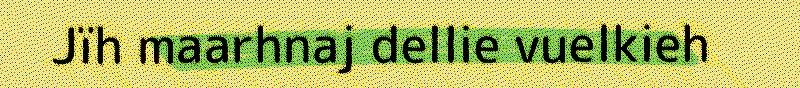
Jïh maarhnaj dellie vuelkieh